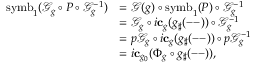
\begin{array} { r l } { \mathrm { s y m b } _ { 1 } ( \mathcal { G } _ { g } \circ P \circ \mathcal { G } _ { g } ^ { - 1 } ) } & { = \mathcal { G } ( g ) \circ \mathrm { s y m b } _ { 1 } ( P ) \circ \mathcal { G } _ { g } ^ { - 1 } } \\ & { = \mathcal { G } _ { g } \circ i \mathbf { c } _ { g } ( { g } _ { \sharp } ( \mathrm { -- } ) ) \circ \mathcal { G } _ { g } ^ { - 1 } } \\ & { = p \mathcal { G } _ { g } \circ i \mathbf { c } _ { g } ( { g } _ { \sharp } ( \mathrm { -- } ) ) \circ p \mathcal { G } _ { g } ^ { - 1 } } \\ & { = i \mathbf { c } _ { g _ { 0 } } ( \Phi _ { g } \circ g _ { \sharp } ( \mathrm { -- } ) ) , } \end{array}